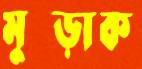
মুচ্‌ড়াক